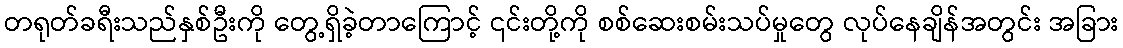
တရုတ်ခရီးသည်နှစ်ဦးကို တွေ့ရှိခဲ့တာကြောင့် ၎င်းတို့ကို စစ်ဆေးစမ်းသပ်မှုတွေ လုပ်နေချိန်အတွင်း အခြား